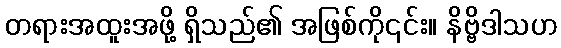
တရားအထူးအဖို့ ရှိသည်၏ အဖြစ်ကို၎င်း။ နိဗ္ဗိဒါသဟ